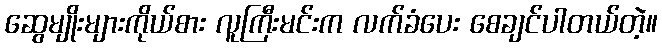
ဆွေမျိုးများကိုယ်စား လူကြီးမင်းက လက်ခံပေး စေချင်ပါတယ်တဲ့။